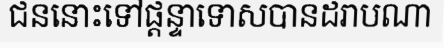
ជននោះទៅផ្តន្ទាទោសបានដរាបណា